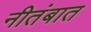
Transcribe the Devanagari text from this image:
नीतंबात